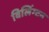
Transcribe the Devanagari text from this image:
विलिंग्टन